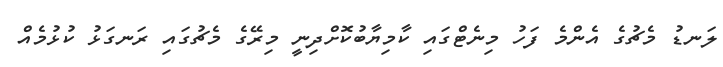
ލަނޑު މެޗުގެ އެންމެ ފަހު މިނެޓްގައި ކާމިޔާބުކޮށްދިނީ މިރޭގެ މެޗުގައި ރަނގަޅު ކުޅުމެއް